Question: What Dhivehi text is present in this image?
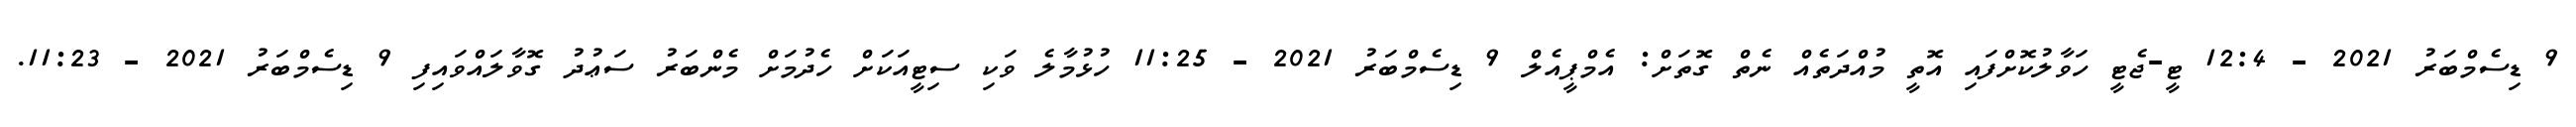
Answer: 9 ޑިސެމްބަރު 2021 - 12:4 ޓީ-ޖެޓީ ހަވާލުކޮށްފައި އޮތީ މުއްދަތެއް ނެތް ގޮތަށް: އެމްޕީއެލް 9 ޑިސެމްބަރު 2021 - 11:25 ހުޅުމާލެ ވަކި ސިޓީއަކަށް ހެދުމަށް މެންބަރު ސަޢުދު ގޮވާލައްވައިފި 9 ޑިސެމްބަރު 2021 - 11:23.